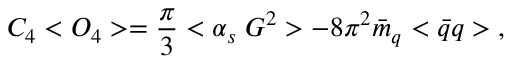
C _ { 4 } < O _ { 4 } > = \frac { \pi } { 3 } < \alpha _ { s } \; G ^ { 2 } > - 8 \pi ^ { 2 } \bar { m } _ { q } < \bar { q } q > \; ,